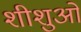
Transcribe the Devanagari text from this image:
शीशुओ